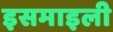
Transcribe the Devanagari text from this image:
इसमाइली